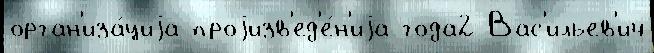
орган'иза́циjа проjизв'ед'е́н'иjа года2 Вас'ильев'ич